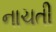
નાચતી